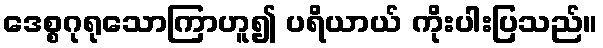
ဒေစ္စဂုရုသောကြာဟူ၍ ပရိယာယ် ကိုးပါးပြသည်။